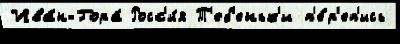
Ива́н-Гора́ Росс'и́я Т'еб'еньк'и п'е́р'еп'ись